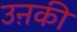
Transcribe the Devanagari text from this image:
उऩकी